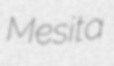
Mesita